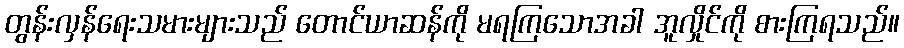
တွန်းလှန်ရေးသမားများသည် တောင်ယာဆန်ကို မရကြသောအခါ အူလှိုင်ကို စားကြရသည်။